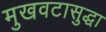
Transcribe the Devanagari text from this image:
मुखवटासुद्धा